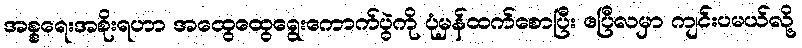
အစ္စရေးအစိုးရဟာ အထွေထွေရွေးကောက်ပွဲကို ပုံမှန်ထက်စောပြီး ဧပြီလမှာ ကျင်းပမယ်လို့